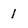
Character: 1